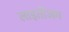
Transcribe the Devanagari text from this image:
लाइतोंजम